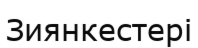
Зиянкестері